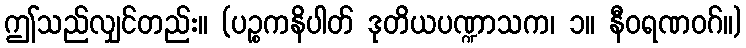
ဤသည်လျှင်တည်း။ (ပဉ္စကနိပါတ် ဒုတိယပဏ္ဍာသက၊ ၁။ နီဝရဏဝဂ်။)